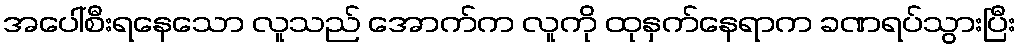
အပေါ်စီးရနေသော လူသည် အောက်က လူကို ထုနှက်နေရာက ခဏရပ်သွားပြီး